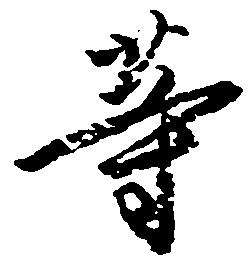
等